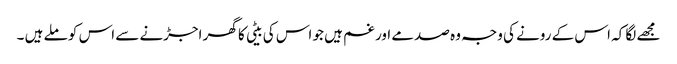
مجھے لگا کہ اس کے رونے کی وجہ وہ صدمے اور غم ہیں جو اس کی بیٹی کا گھر اجڑنے سے اس کو ملے ہیں ۔